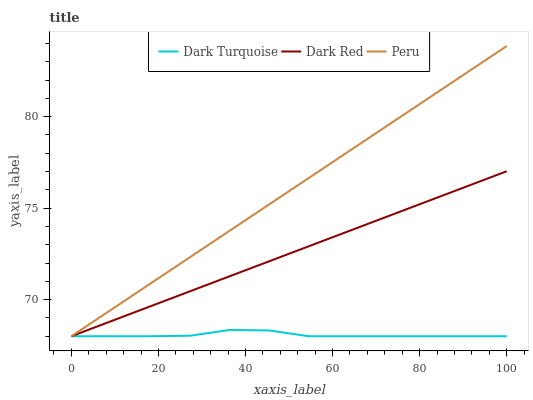
| xaxis_label | Dark Turquoise | Dark Red | Peru |
 | --- | --- | --- | --- |
 | 0 | 68 | 68 | 68 |
 | 9.09 | 68 | 68.8 | 69.4 |
 | 18.2 | 68 | 69.6 | 70.9 |
 | 27.3 | 68 | 70.5 | 72.3 |
 | 36.4 | 68.3 | 71.3 | 73.8 |
 | 45.5 | 68.3 | 72.1 | 75.2 |
 | 54.5 | 68 | 72.9 | 76.7 |
 | 63.6 | 68 | 73.7 | 78.1 |
 | 72.7 | 68 | 74.6 | 79.5 |
 | 81.8 | 68 | 75.4 | 81 |
 | 90.9 | 68 | 76.2 | 82.4 |
 | 100 | 68 | 77 | 83.9 |